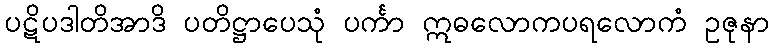
ပဋိပဒါတိအာဒိ ပတိဋ္ဌာပေသုံ ပင်္ကာ ဣဓလောကပရလောကံ ဥဇုနာ